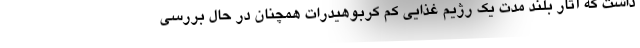
داشت که آثار بلند مدت یک رژیم غذایی کم کربوهیدرات همچنان در حال بررسی